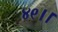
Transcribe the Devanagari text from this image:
४९।।